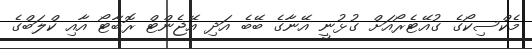
މެކްސިކޯގެ ގުއޭޓެރޯއަށް ގުޅުނީ އޭނާގެ ބޭބެ އަދި އޭޖެންޓް ރޮބާޓޯ އާއި ކްލަބްގެ